Lunatic asylums Madras 1892-1911 - 1892-1911
Year: 1892
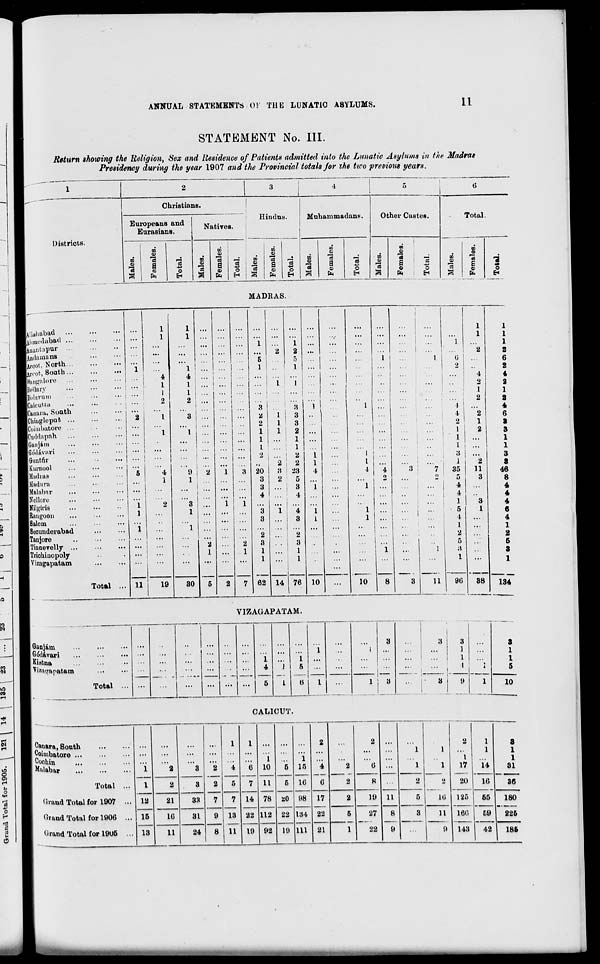
ANNUAL STATEMENTS 01 TUB LUNATIC A8YLUMS.
LI
STATEMENT No. III.
Return showing the Religion, Sex and Residence of Patients admitted into the Lunatic Asylums in the Madras
Presidency during the year 1907 and the Provincial totals jor the two previous years.
1
2
3
4
5
ti
I
1
l
Christians.
S.
Hindus.
M u ham ma dans.
Other Castes.
Europeans and
Eurasians.
Native
Total.
Districts.
5
Females.
"3
O
03
s
*3
a.
"3
a
<D
"3
O
H
CO
"3
CO
V
"3
s
CD
"3
O
CO
ffi
"3
m
CO
"3
3
CD
13
o
CO
0)
"3
1
Females.
Total.
CO
3
"3
I Females.
-i 9 o
6*
MADRAS.
Allahabad
Ahmedabad ...
ftnautapur ...
lAndamans
Aroot, North....
jjycofc, South...
■Rangalore
llit'llary
polarum
Baloufcta
ICaaara, South
jChiugleput ...
Koiuihatore ...
ICunMapnh
jGanjam
■Grolftvavi
IGimtfir
1 Kumool
iMadras
■ Madura
■Malabar
INellore
■Nilgais
(Rangoon
I Salem
iSbounderabad
ITanjore
lTitmevelly ...
jTriohinopoly
IVizagapatam
Total
..
1
11
1
1
1
1
1
4
4
1
1
1
1
2
2
I
3
I
I
19
9
1
30
5
1
20
3
3
4
3
3
2
3
1
1
62
i !
l
1 !
2;
8 i
2
14 76
1
"k '] !
3 - 1
3
...
2
1
1
2
i
2
i
23
4
5 ...
3
1
4
"i I
3
L
o
3
1
1
10
10
...
...
1
1
1
0 '
2 !
1
11
I
4
o
1
1
1
3
1
35
5
4
4
1
6
I
1
2
5
A
1
96
4
2
1
2
2
1
2
1
1
1
2
6
2
4
2
1
2
4
6
S
3
1
1
3
2
S
11
46
3
8
4
4
3
4
1
6
...
4
1
2
5
3
1
38
134
V1ZAGAPATAM.
. stm
Gddavari
Kiatna
I 'teatjapatam
Total
3
...
...
1
1
..
1
1
...
...
• •
...
4
1
5
...
, ',"
...
...
...
...
...
...
5
I
(J
I
1
3
3
3
1
1
...
...
-_i :
3
9
1
3
1
1
5
10
CALICUT.
Catmra, South
Coimbatore
Cochin
Malabar
1
I
12
15
13
2
3
"2
2
7
9
8
1
"i
5
7
111
1
6
7
14
22
19
i
10
11
78
112
92
5
5
*0
22
19
i
15
16
98
134
111
2
"4
6
17
22
2
2
2
6
8
11
8
9
1
1
1
1
lu-
2
1
17
20
125
1615
143
1
1
14
16
65
59
42
S
1
1
31
Total ...
2
3
33
2
36
Qrand Total for 1907 ...
21
2
19
5
3
F
180
Orand Total for 1906 ...
16
31
5
27
22
ll
9
225
Urand Total for 19U5 ...
11
24
21
1
185